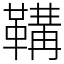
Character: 鞲